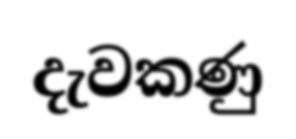
දැවකණු